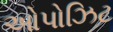
ઓપોઝિટ